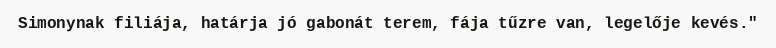
Simonynak filiája, határja jó gabonát terem, fája tűzre van, legelője kevés."